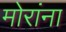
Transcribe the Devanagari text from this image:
मोरांना